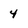
Character: 4